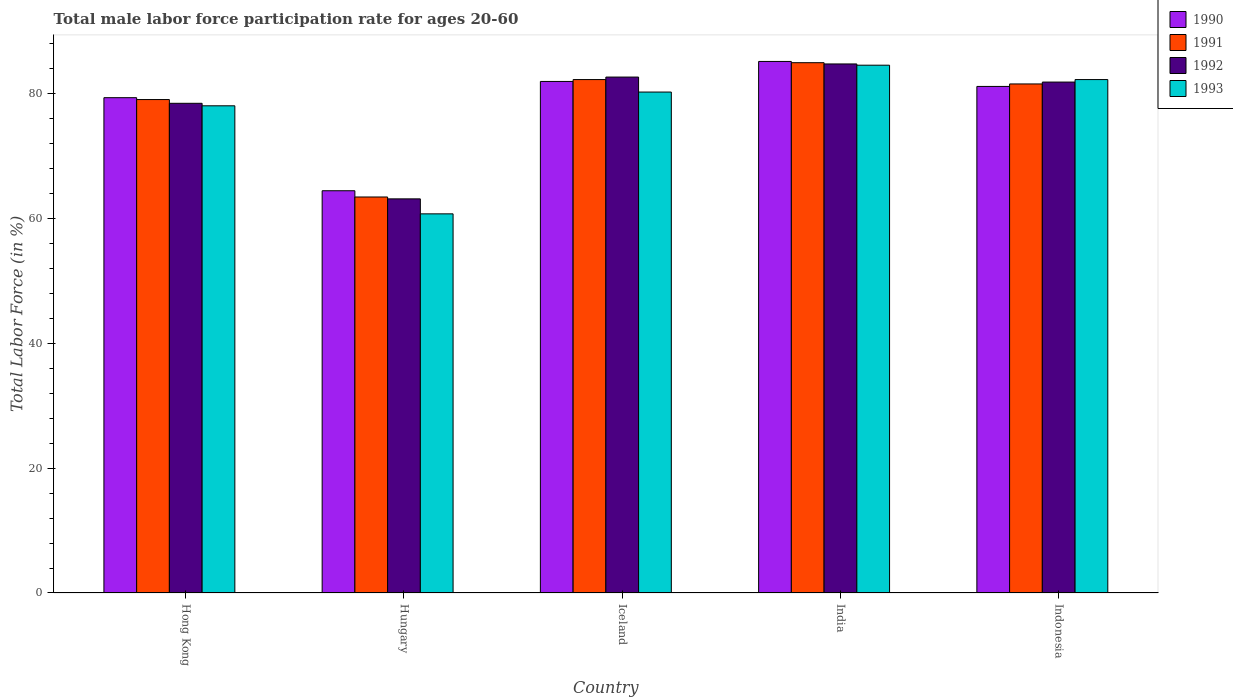
| Country | 1990 | 1991 | 1992 | 1993 |
 | --- | --- | --- | --- | --- |
 | Hong Kong | 79.3 | 79 | 78.4 | 78 |
 | Hungary | 64.4 | 63.4 | 63.1 | 60.7 |
 | Iceland | 81.9 | 82.2 | 82.6 | 80.2 |
 | India | 85.1 | 84.9 | 84.7 | 84.5 |
 | Indonesia | 81.1 | 81.5 | 81.8 | 82.2 |